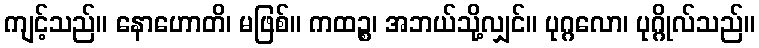
ကျင့်သည်။ နောဟောတိ၊ မဖြစ်။ ကထဉ္စ၊ အဘယ်သို့လျှင်။ ပုဂ္ဂလော၊ ပုဂ္ဂိုလ်သည်။